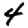
Digit: 4